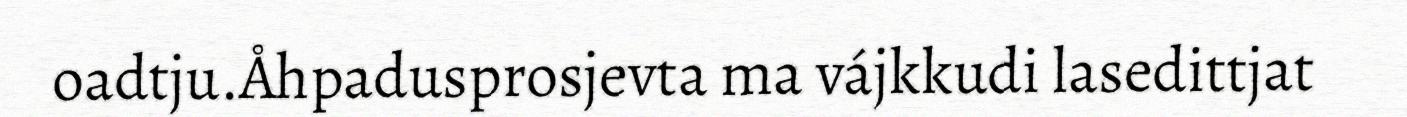
oadtju.Åhpadusprosjevta ma vájkkudi lasedittjat